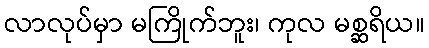
လာလုပ်မှာ မကြိုက်ဘူး၊ ကုလ မစ္ဆရိယ။